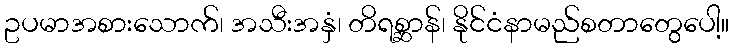
ဥပမာအစားသောက်၊ အသီးအနှံ၊ တိရစ္ဆာန်၊ နိုင်ငံနာမည်စတာတွေပေါ့။